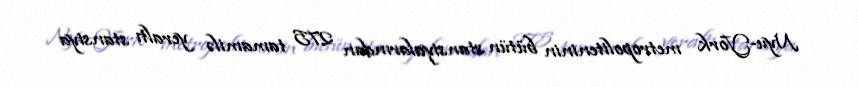
Nyu-York metropoliteninin bütün stansiyalarından 275 tamamilə yeraltı stansiya